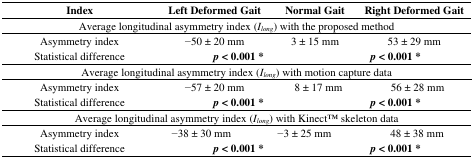
<table><thead><tr><td><b>Index</b></td><td colspan="2"><b>Left Deformed Gait</b></td><td colspan="2"><b>Normal Gait</b></td><td colspan="4"><b>Right Deformed Gait</b></td></tr></thead><tbody><tr><td colspan="9">Average longitudinal asymmetry index (<i>I<sub>long</sub></i>) with the proposed method</td></tr><tr><td>Asymmetry index </td><td colspan="2">−50 ± 20 mm</td><td colspan="2">3 ± 15 mm</td><td colspan="4">53 ± 29 mm</td></tr><tr><td>Statistical difference</td><td colspan="3"><b><i>p</i> &lt; 0.001 *</b></td><td colspan="5"><b><i>p</i> &lt; 0.001 *</b></td></tr><tr><td colspan="9">Average longitudinal asymmetry index (<i>I<sub>long</sub></i>) with motion capture data</td></tr><tr><td>Asymmetry index</td><td colspan="2">−57 ± 20 mm</td><td colspan="4">8 ± 17 mm</td><td>56 ± 28 mm</td></tr><tr><td>Statistical difference</td><td colspan="3"><b><i>p</i> &lt; 0.001 *</b></td><td colspan="5"><b><i>p</i> &lt; 0.001 *</b></td></tr><tr><td colspan="9">Average longitudinal asymmetry index (<i>I<sub>long</sub></i>) with KinectTM skeleton data</td></tr><tr><td>Asymmetry index</td><td>−38 ± 30 mm</td><td colspan="4">−3 ± 25 mm</td><td colspan="3">48 ± 38 mm</td></tr><tr><td>Statistical difference</td><td colspan="3"><b><i>p</i> &lt; 0.001 *</b></td><td colspan="5"><b><i>p</i> &lt; 0.001 *</b></td></tr></tbody></table>